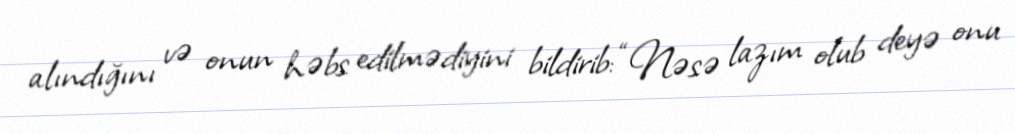
alındığını və onun həbs edilmədiyini bildirib: “Nəsə lazım olub deyə onu